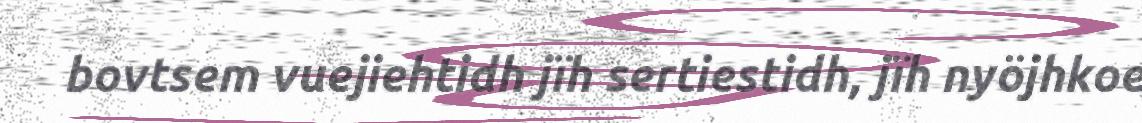
bovtsem vuejiehtidh jïh sertiestidh, jïh nyöjhkoe